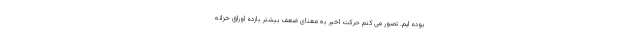
بوده ایم. تصور می کنم حرکت اخیر به معنای ضعف بیشتر بازده اوراق خزانه